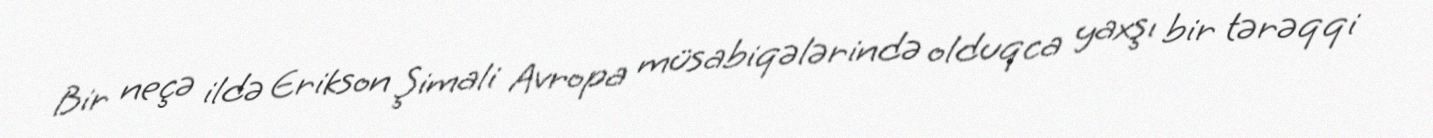
Bir neçə ildə Erikson Şimali Avropa müsabiqələrində olduqca yaxşı bir tərəqqi